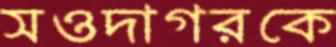
সওদাগরকে